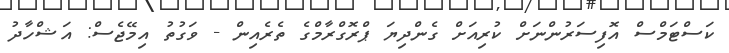
ކަސްޓަމްސް އޮފިސަރުންނަށް ކުރިއަށް ގެންދިޔަ ޕްރޮގްރާމްގެ ތެރެއިން - ވަގުތު އިމޭޖެސް: އަޝްހާދު